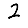
Digit: 2